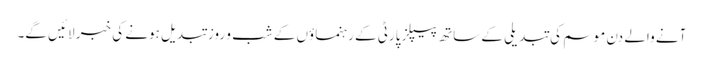
آنے والے دن موسم کی تبدیلی کے ساتھ پیپلز پارٹی کے رہنماؤں کے شب و روز تبدیل ہونے کی خبر لائیں گے۔